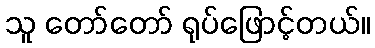
သူ တော်တော် ရုပ်ဖြောင့်တယ်။